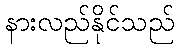
နားလည်နိုင်သည်